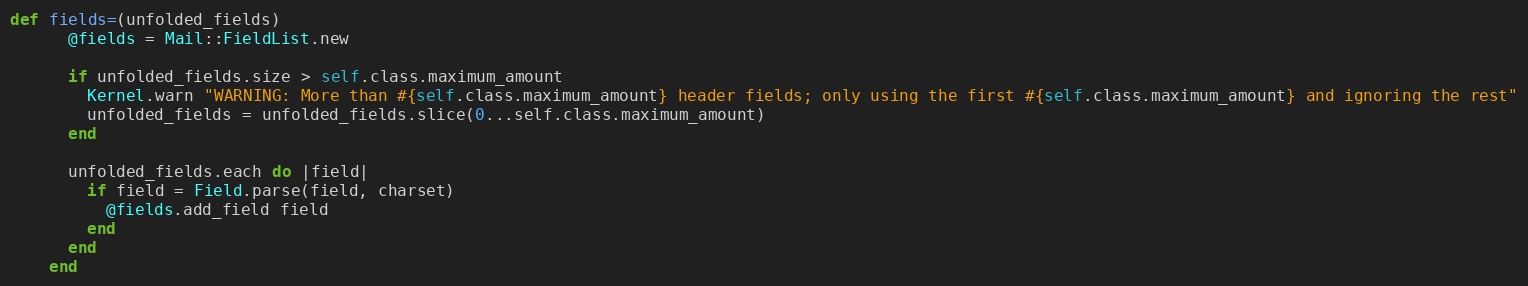
Language: Ruby
def fields=(unfolded_fields)
      @fields = Mail::FieldList.new

      if unfolded_fields.size > self.class.maximum_amount
        Kernel.warn "WARNING: More than #{self.class.maximum_amount} header fields; only using the first #{self.class.maximum_amount} and ignoring the rest"
        unfolded_fields = unfolded_fields.slice(0...self.class.maximum_amount)
      end

      unfolded_fields.each do |field|
        if field = Field.parse(field, charset)
          @fields.add_field field
        end
      end
    end